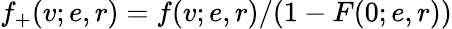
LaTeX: f_{+}(v;e,r)=f(v;e,r)/(1-F(0;e,r))